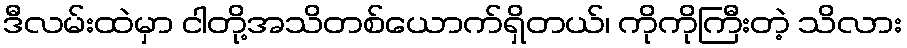
ဒီလမ်းထဲမှာ ငါတို့အသိတစ်ယောက်ရှိတယ်၊ ကိုကိုကြီးတဲ့ သိလား